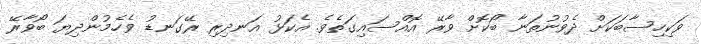
ވަކިހިސާބަކަށް ދެވުނުތަނާ ބޯކޮށް ވާރޭ އޮއްސައިގަތެވެ. އެކަޅު އަނދިރި ރޭގަނޑު ވެހެމުންދިޔަ ބޯވާރޭ